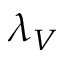
\lambda _ { V }